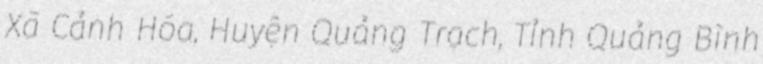
Xã Cảnh Hóa, Huyện Quảng Trạch, Tỉnh Quảng Bình